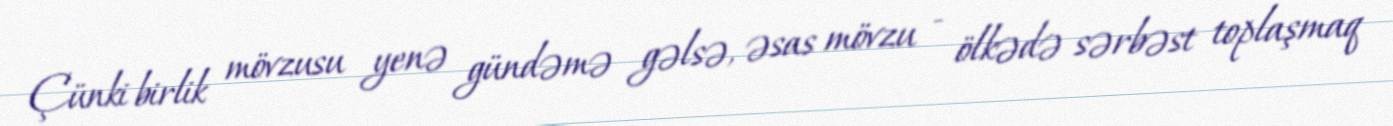
Çünki birlik mövzusu yenə gündəmə gəlsə, əsas mövzu - ölkədə sərbəst toplaşmaq